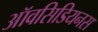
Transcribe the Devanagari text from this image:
ऑवसिडियनस